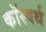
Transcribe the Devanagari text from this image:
कॉस्वर्थ